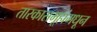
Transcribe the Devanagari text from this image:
तारकासमूहांमधून